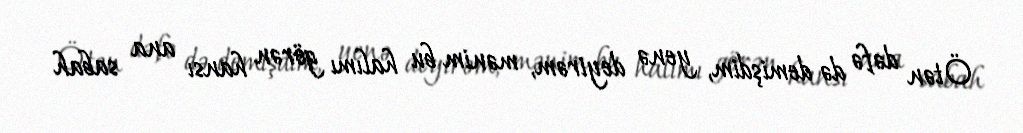
Ötən dəfə də demişdim, yenə deyirəm, mənim bu halımı görən hansı ana sabah